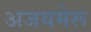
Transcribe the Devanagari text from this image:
अजयमेरू